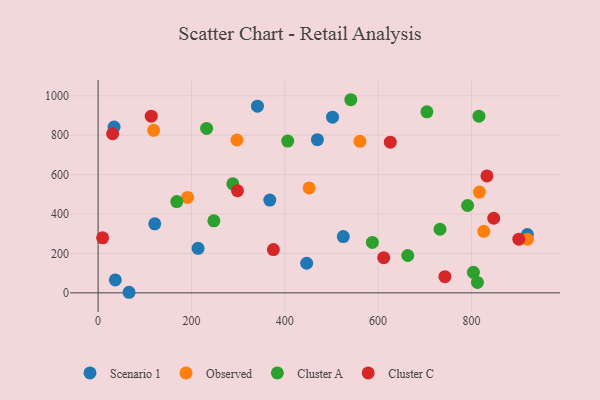
{"axis": {"x": "Experience", "y": "Fuel Efficiency"}, "legend": ["Cluster A", "Cluster C", "Observed", "Scenario 1"], "data": [{"x": "34.2", "y": 841.2, "type": "Scenario 1"}, {"x": "36.9", "y": 65.8, "type": "Scenario 1"}, {"x": "502.3", "y": 891.7, "type": "Scenario 1"}, {"x": "214.2", "y": 226.0, "type": "Scenario 1"}, {"x": "919.8", "y": 295.8, "type": "Scenario 1"}, {"x": "341.4", "y": 947.6, "type": "Scenario 1"}, {"x": "525.4", "y": 285.6, "type": "Scenario 1"}, {"x": "121.4", "y": 350.2, "type": "Scenario 1"}, {"x": "66.3", "y": 2.9, "type": "Scenario 1"}, {"x": "446.9", "y": 150.3, "type": "Scenario 1"}, {"x": "367.9", "y": 470.9, "type": "Scenario 1"}, {"x": "469.9", "y": 777.2, "type": "Scenario 1"}, {"x": "817.0", "y": 511.6, "type": "Observed"}, {"x": "119.0", "y": 825.0, "type": "Observed"}, {"x": "191.6", "y": 484.5, "type": "Observed"}, {"x": "919.8", "y": 272.0, "type": "Observed"}, {"x": "452.1", "y": 532.6, "type": "Observed"}, {"x": "297.5", "y": 775.9, "type": "Observed"}, {"x": "826.4", "y": 312.2, "type": "Observed"}, {"x": "561.0", "y": 769.3, "type": "Observed"}, {"x": "587.7", "y": 255.9, "type": "Cluster A"}, {"x": "406.2", "y": 770.2, "type": "Cluster A"}, {"x": "732.6", "y": 322.9, "type": "Cluster A"}, {"x": "288.7", "y": 553.4, "type": "Cluster A"}, {"x": "541.5", "y": 980.2, "type": "Cluster A"}, {"x": "791.7", "y": 443.3, "type": "Cluster A"}, {"x": "663.5", "y": 189.5, "type": "Cluster A"}, {"x": "816.0", "y": 896.7, "type": "Cluster A"}, {"x": "168.6", "y": 463.2, "type": "Cluster A"}, {"x": "248.0", "y": 365.7, "type": "Cluster A"}, {"x": "704.5", "y": 918.6, "type": "Cluster A"}, {"x": "804.2", "y": 104.3, "type": "Cluster A"}, {"x": "232.5", "y": 834.4, "type": "Cluster A"}, {"x": "812.8", "y": 52.8, "type": "Cluster A"}, {"x": "9.7", "y": 279.4, "type": "Cluster C"}, {"x": "612.0", "y": 178.4, "type": "Cluster C"}, {"x": "901.5", "y": 272.4, "type": "Cluster C"}, {"x": "833.2", "y": 593.2, "type": "Cluster C"}, {"x": "298.7", "y": 518.3, "type": "Cluster C"}, {"x": "847.7", "y": 378.7, "type": "Cluster C"}, {"x": "31.1", "y": 807.4, "type": "Cluster C"}, {"x": "743.1", "y": 81.9, "type": "Cluster C"}, {"x": "375.6", "y": 219.6, "type": "Cluster C"}, {"x": "626.1", "y": 764.9, "type": "Cluster C"}, {"x": "113.9", "y": 896.8, "type": "Cluster C"}]}